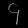
Digit: ၄